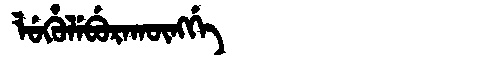
Manchu: ᠯᡠᡥᡠᠯᡝᠪᡠᡵᠠᡴᡡᠩᡤᡝ
Romanization: LUHULEBURAKŪNGGE